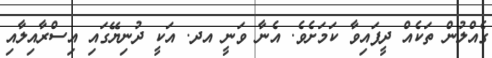
ގެއްލުން ތަކެއް ދީފައިވާ ކަމަށެވެ. އެނާ ވަނީ އދ. އަކީ ދުނިޔޭގައި އިސްރާއިލާއި